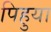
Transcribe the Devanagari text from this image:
पिहुया